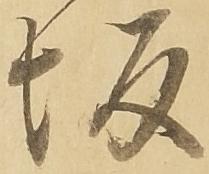
坂